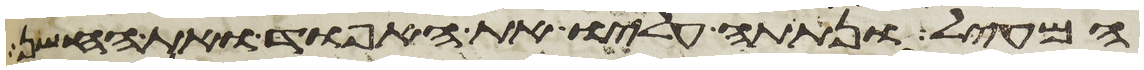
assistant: המעיל ונתתה עליו את האפוד ואת החשן